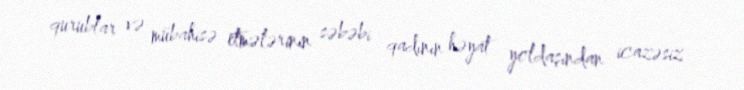
qurublar və mübahisə etmələrinin səbəbi qadının həyat yoldaşından icazəsiz